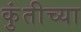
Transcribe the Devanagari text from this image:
कुंतीच्या